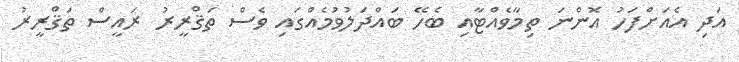
އަދި އެއަށްފަހު އޮންނަ ތިމާވެއްޓާއި ބެހޭ ބައްދަލުވުމެއްގައި ވެސް ތަޤްރީރު ރައީސް ތަޤްރީރު